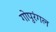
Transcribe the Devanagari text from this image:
गोपुरंगल